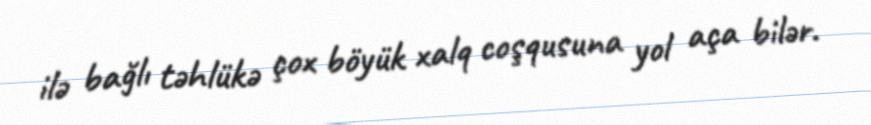
ilə bağlı təhlükə çox böyük xalq coşqusuna yol aça bilər.